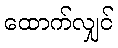
ထောက်လျှင်